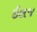
ઈલજ